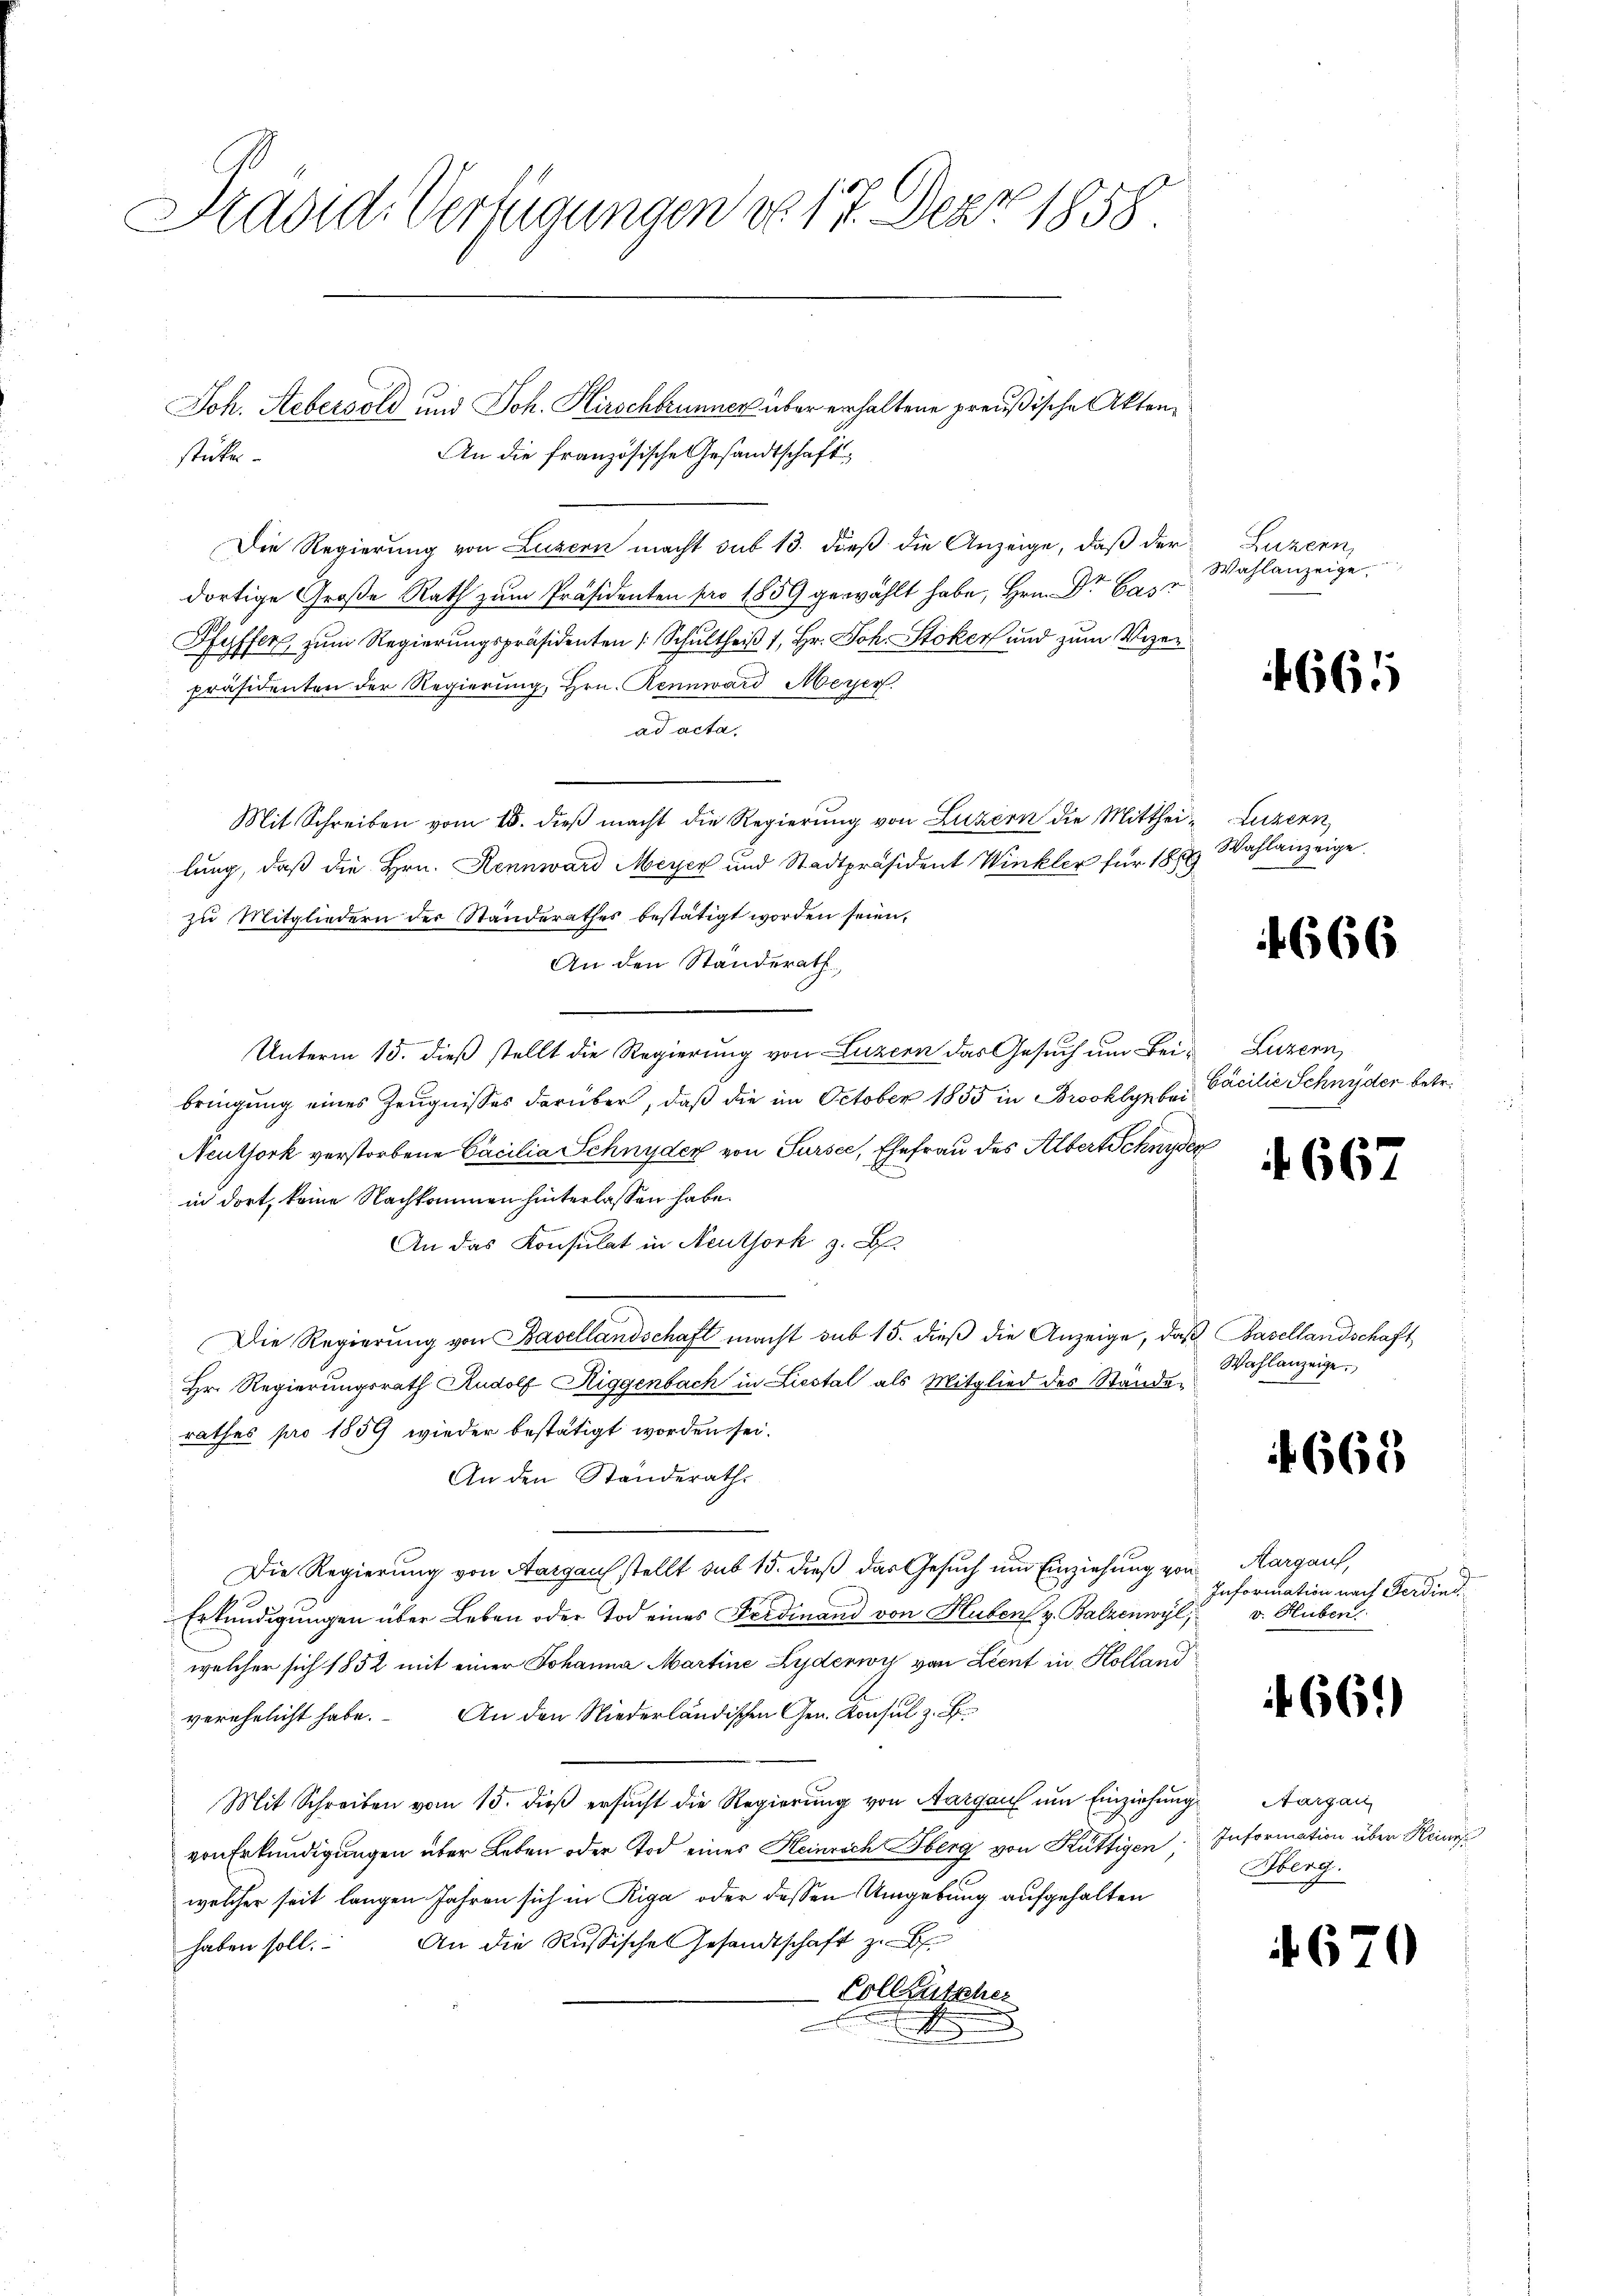
Präsid. Verfügungen do 17. Der 1858.

stücke.

Joh. Hebersold und Joh. Kirschbrunner über erhaltene preußische Akten¬
An die französische Gesandtschaft¬
Die Regierung von Luzern macht sub 13. dieß die Anzeige, daß der
dortige Große Rath zŭm Präsidenten pro 1859 gewählt habe, Hrn. Dr. Cass
Pfyffer zum Regierungspräsidenten Schultheiß 1, Hr. Joh. Stoker und zum Vizen
präsidenten der Regierung, Hrn. Rennward Meyer
ad acta.
Mit Schreiben vom 18. dieβ macht die Regierung von Luzern die Mitthei- Luzern,
lung, daß die Hrn. Rennward Meyer und Stadtpräsident Winkler für 1889
zu Mitgliedern der Standerathes bestätigt worden seien,
An den Ständerath
Unterm 15. dieß stellt die Regierung von Luzern das Gesuch um Bei- Luzern,
bringung eines Zeugnisses darüber, daß die im October 1855 in Brooklyn bei¬
Neuthork verstorbene Cacilia Schnyder von Sursee, Ehefrau des Albert Schnyder
in dort, keine Nachkommen hinterlassen habe.
An das Konsulat in Neuthork z. B
Die Regierung von Basellandschaft macht sub 15. dieß die Anzeige, daß Basellandschaft,
Hr. Regierungsrath Rudolf Riggenbach in Liestal als Mitglied des Ständerathes pro 1859 wieder bestätigt worden sei.
An den Standerath
Die Regierung von Aargau stellt sub 15. dieß das Gesuch um Einziehung von Aargau,
Erkundigungen über Leben oder Tod eines Ferdinand von Huben v. Balzenwyl,
welcher sich 1852 mit einer Johanna Martine Lyderwy von Lient in Kolland
verehelicht habe. An den Niederländischen Gen. Konsul z. B.
Mit Schreiben vom 15. dieβ ersŭcht die Regierŭng von Aargau um Einziehŭng Aargau
von Erkundigungen über Leben oder Tod eines Heinrich berg von Kuttigen Information über Keines
welcher seit langen Jahren sich in Riga oder dessen Umgebung aufgehalten
haben soll. An die Russisches Gesandtschaft zu b
Colleutscher
t

Luzern,
Wahlanzeige.

1661

Wahlanzeige.

4666

Gacilie Schnyder betr.

667.

Wahlanzeige.

f 665

Information nach Ferdind.
v. Huben

66.)

Oberg.

670